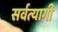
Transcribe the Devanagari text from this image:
सर्वत्यागी